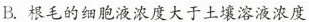
B.根毛的细胞液浓度大于土壤溶液浓度